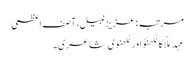
مرتبہ: عزیز نبیل، آصف اعظمی
عہدِ ملّاؔ کا لکھنؤ اور لکھنوی شاعری ۔